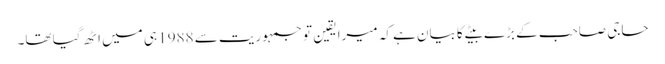
حاجی صاحب کے بڑے بیٹے کا بیان ہے کہ میرا یقین تو جمہوریت سے 1988 ہی میں اٹھ گیا تھا۔